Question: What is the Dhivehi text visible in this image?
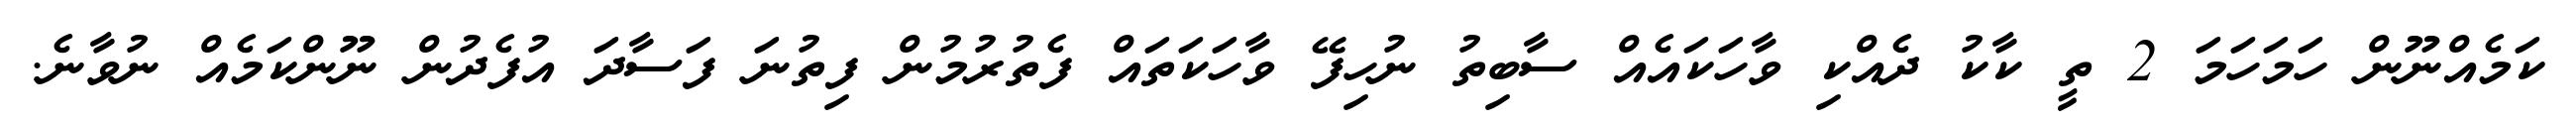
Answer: ކަމެއްނޫން ހަމަހަމަ 2 ތީ ކާކު ދެއްކި ވާހަކައެއް ސާބިތު ނުހިފޭ ވާހަކަތައް ފެތުރުމުން ފިތުނަ ފަސާދަ އުފެދުން ނޫންކަމެއް ނުވާނެ.